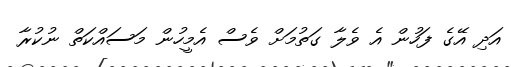
އަދި އޭގެ ފަހުން އެ ވެލާ ގަތުމަށް ވެސް އެމީހުން މަސައްކަތް ނުކުރާ